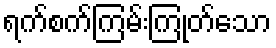
ရက်စက်ကြမ်းကြုတ်သော